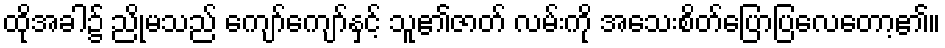
ထိုအခါ၌ ညိုမသည် ကျော်ကျော်နှင့် သူ၏ဇာတ် လမ်းကို အသေးစိတ်ပြောပြလေတော့၏။